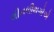
લીનલીથગોએ